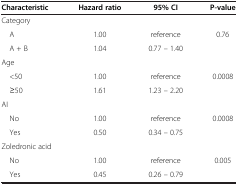
| Characteristic | Hazard ratio | 95% CI | P-value |
 | --- | --- | --- | --- |
 | Category |  |  |  |
 | A | 1.00 | reference | 0.76 |
 | A + B | 1.04 | 0.77 – 1.40 |  |
 | Age |  |  |  |
 | <50 | 1.00 | reference | 0.0008 |
 | ≥50 | 1.61 | 1.23 – 2.20 |  |
 | AI |  |  |  |
 | No | 1.00 | reference | 0.0008 |
 | Yes | 0.50 | 0.34 – 0.75 |  |
 | Zoledronic acid |  |  |  |
 | No | 1.00 | reference | 0.005 |
 | Yes | 0.45 | 0.26 – 0.79 |  |